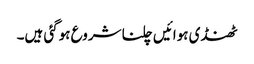
ٹھنڈی ہوائیں چلنا شروع ہوگئی ہیں۔